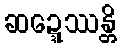
ဆဍ္ဍေဿန္တိ